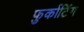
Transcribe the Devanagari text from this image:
फुर्काटिंग